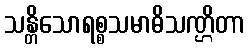
သန္တိသောရစ္စသမာဓိသဏ္ဌိတာ